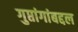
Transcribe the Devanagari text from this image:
गुप्तांगांबद्दल